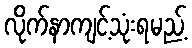
လိုက်နာကျင့်သုံးရမည့်